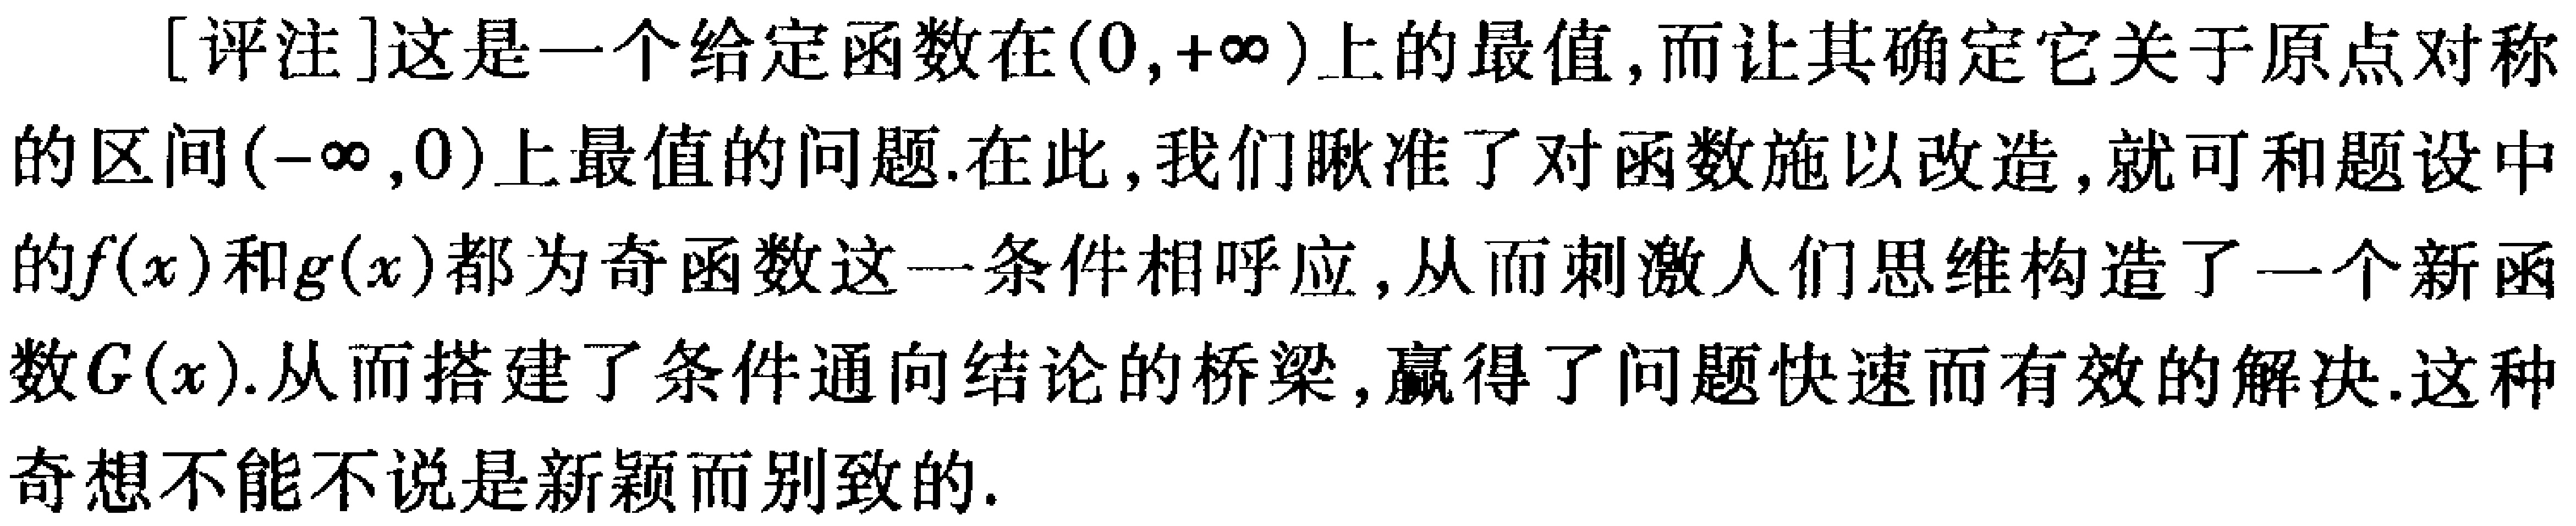
[评注]这是一个给定函数在\((0,+\infty)\)上的最值,而让其确定它关于原点对称的区间\((-\infty,0)\)上最值的问题.在此,我们瞅准了对函数施以改造,就可和题设中的\(f(x)\)和\(g(x)\)都为奇函数这一条件相呼应,从而刺激人们思维构造了一个新函数\(G(x)\).从而搭建了条件通向结论的桥梁,赢得了问题快速而有效的解决.这种奇想不能不说是新颖而别致的.